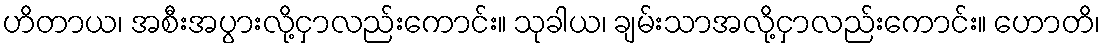
ဟိတာယ၊ အစီးအပွားလို့ငှာလည်းကောင်း။ သုခါယ၊ ချမ်းသာအလို့ငှာလည်းကောင်း။ ဟောတိ၊